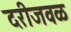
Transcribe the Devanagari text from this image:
दरीजवळ